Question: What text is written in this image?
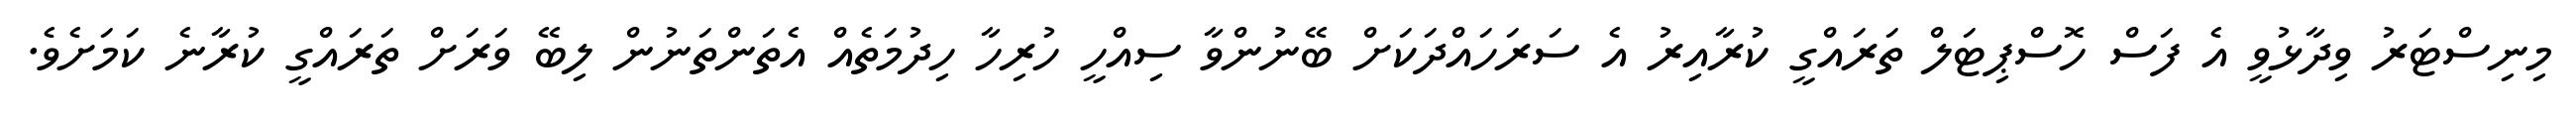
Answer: މިނިސްޓަރު ވިދާޅުވީ އެ ފަސް ހޮސްޕިޓަލް ތަރައްގީ ކުރާއިރު އެ ސަރަހައްދަކަށް ބޭނުންވާ ސިއްހީ ހުރިހާ ހިދުމަތެއް އެތަންތަނުން ލިބޭ ވަރަށް ތަރައްގީ ކުރާނެ ކަމަށެވެ.